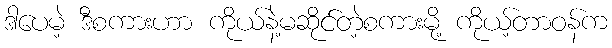
ဒါပေမဲ့ ဒီစကားဟာ ကိုယ်နဲ့မဆိုင်တဲ့စကားမို့ ကိုယ့်တာဝန်က